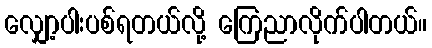
လျှော့ပါးပစ်ရတယ်လို့ ကြေညာလိုက်ပါတယ်။